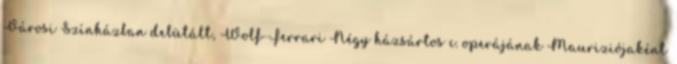
Városi Színházban debütált, Wolf-Ferrari Négy házsártos c. operájának Mauriziójaként